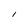
Character: I